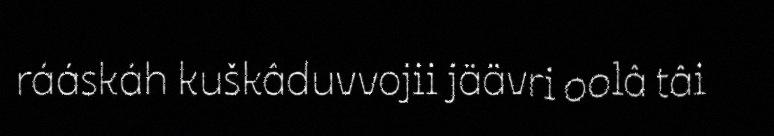
rááskáh kuškâduvvojii jäävri oolâ tâi